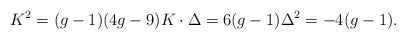
\begin{align*} K^2 = (g-1)(4g-9) K\cdot\Delta = 6(g-1) \Delta^2 = -4(g-1).\end{align*}